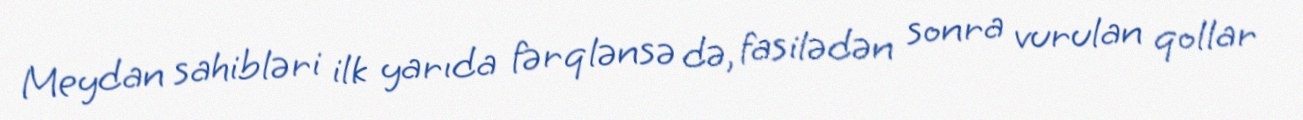
Meydan sahibləri ilk yarıda fərqlənsə də, fasilədən sonra vurulan qollar